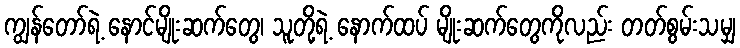
ကျွန်တော်ရဲ့ နောင်မျိုးဆက်တွေ၊ သူတို့ရဲ့ နောက်ထပ် မျိုးဆက်တွေကိုလည်း တတ်စွမ်းသမျှ